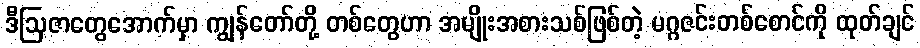
ဒီဩဇာတွေအောက်မှာ ကျွန်တော်တို့ တစ်တွေဟာ အမျိုးအစားသစ်ဖြစ်တဲ့ မဂ္ဂဇင်းတစ်စောင်ကို ထုတ်ချင်